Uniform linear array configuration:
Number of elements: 32
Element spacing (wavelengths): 0.25
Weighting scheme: exponential
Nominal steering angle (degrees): -60
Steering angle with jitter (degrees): -60.244
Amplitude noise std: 0.05
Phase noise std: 0.05

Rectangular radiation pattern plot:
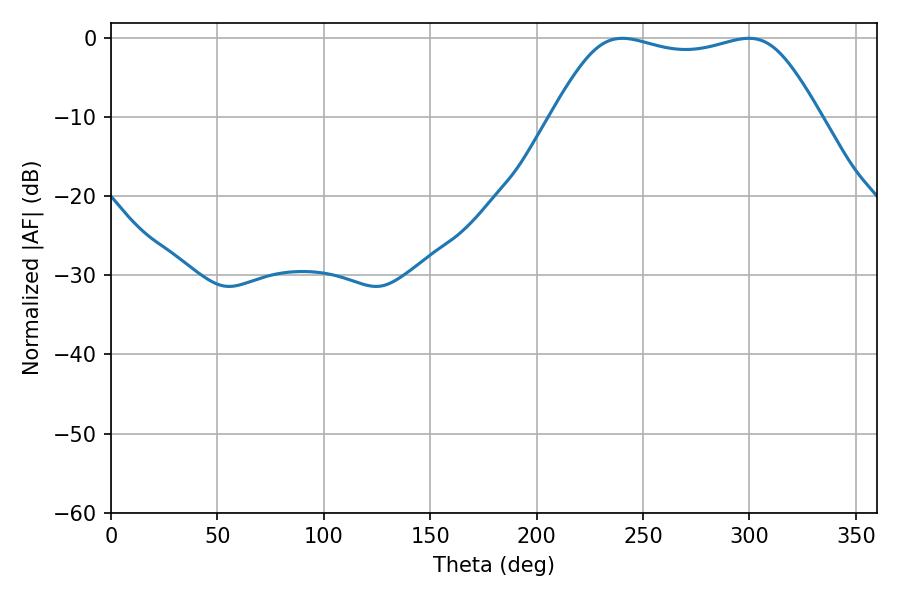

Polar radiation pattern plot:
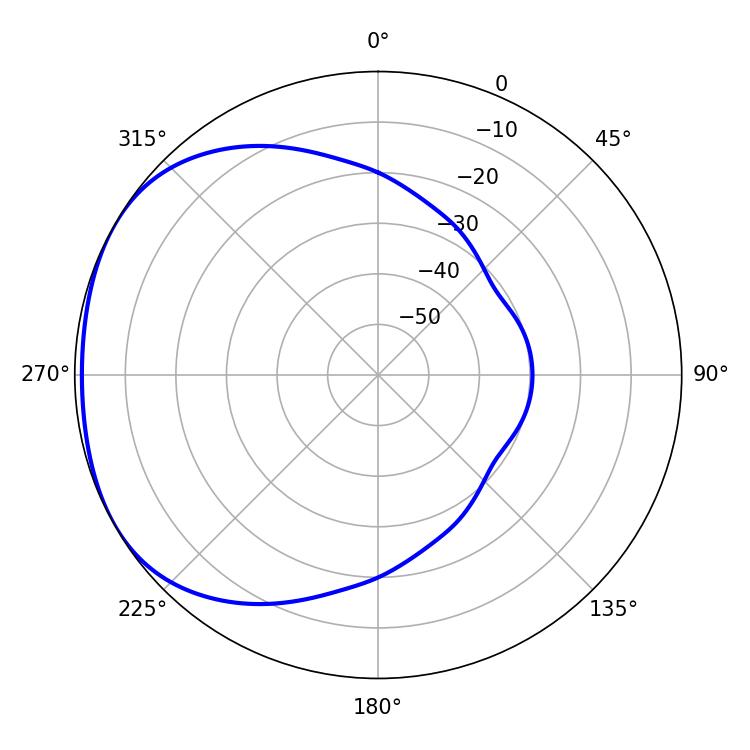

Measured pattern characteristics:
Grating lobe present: FALSE
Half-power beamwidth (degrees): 95.76
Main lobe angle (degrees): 240.3